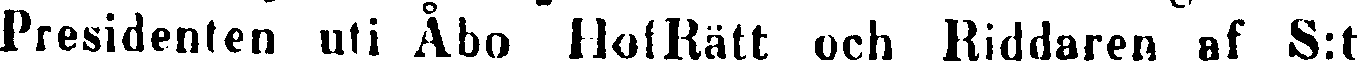
Presidenten uti Åbo HofRätt och Riddaren af S:t